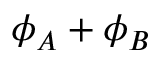
\phi _ { A } + \phi _ { B }